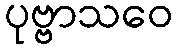
ပုဗ္ဗာသဝေ